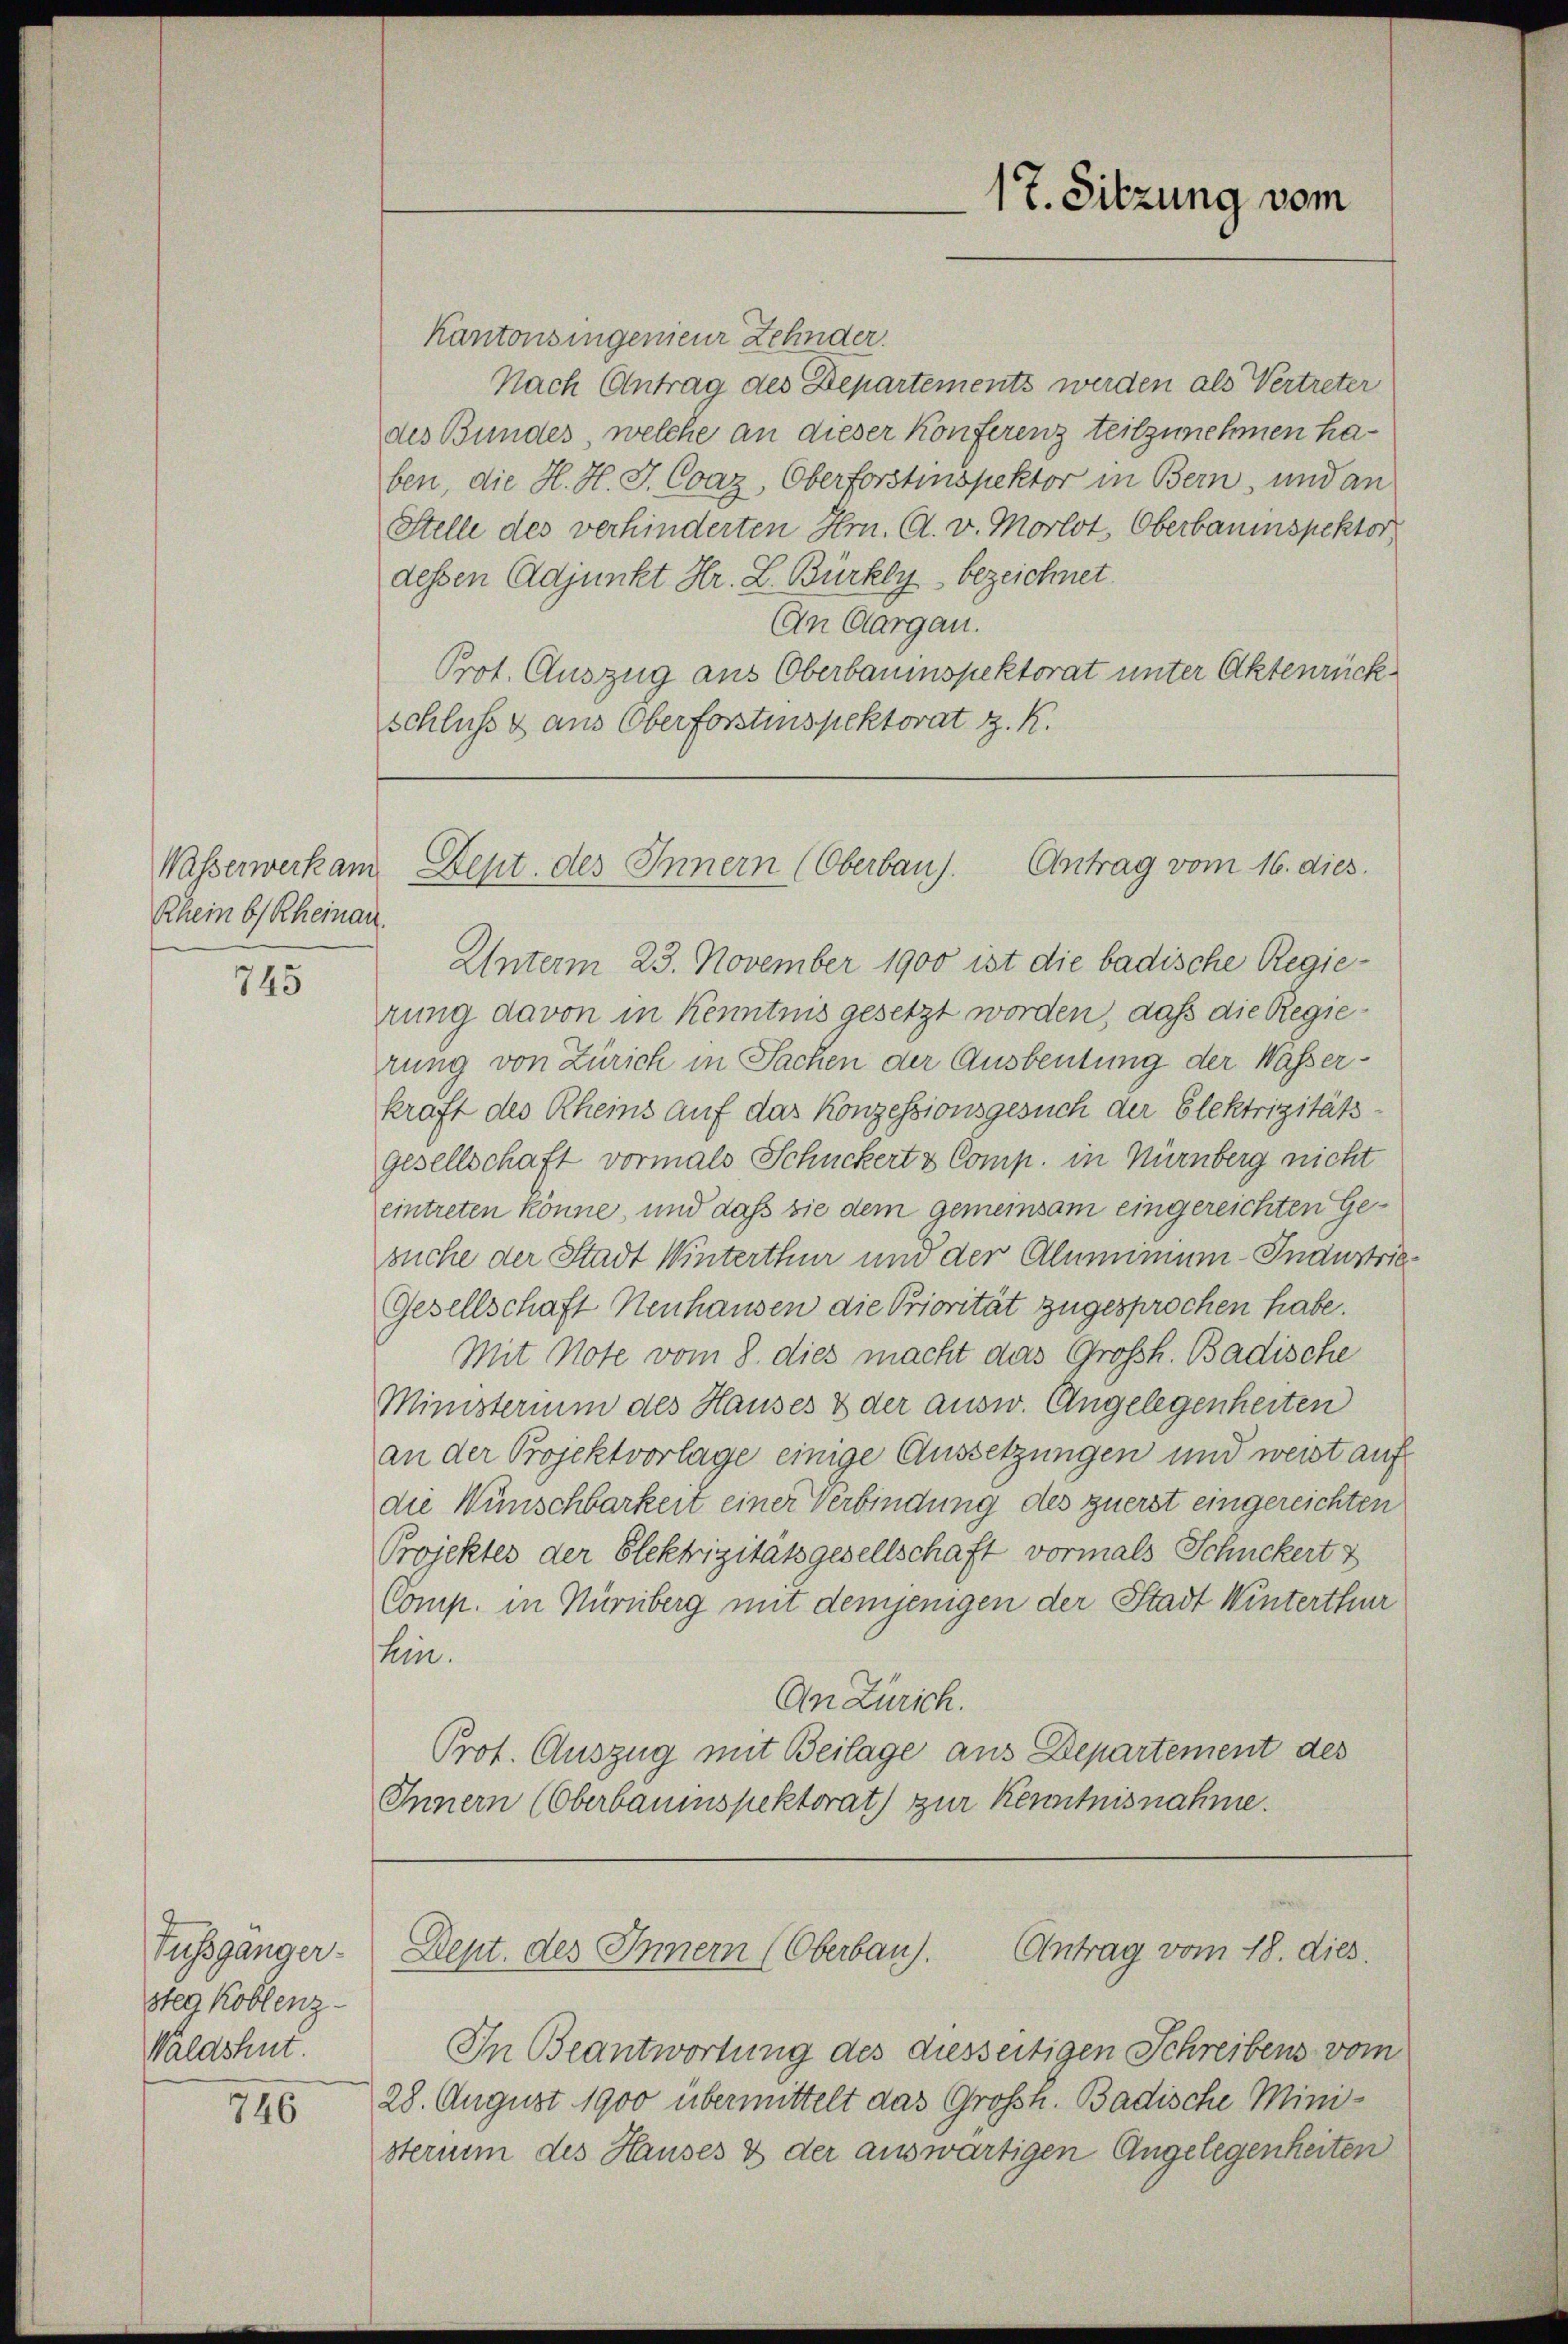
Rhein b) Rheinau.

745

Fussgänger-
steg Koblenz
Waldshut.

746

17. Sitzung vom

Kantonsingenieur Zehnder.
Nach Antrag des Departements werden als Vertreter
des Bundes, welche an dieser Konferenz teilzunehmen haben, die H. H. J. Coaz, Oberforstinspektor in Bern, und an
Stelle des verhinderten Hr. A. v. Morlot, Oberbauinspektor
dessen Adjunkt Hr. L. Bürkly bezeichnet.
An Aargau.
Prot. Auszug aus Oberbaumspektorat unter Aktenrückschluß & aus Oberforstinspektorat z. R.

Unterm 23. November 1900 ist die badische Regierung davon in Kenntnis gesetzt worden, daß die Regierung von Zürich in Sachen der Ausbeutung der Wasserkraft des Rheins auf das Konzessionsgesuch der Elektrizitätsgesellschaft vormals Schuckert & Comp. in Nürnberg nicht
eintreten könne, und daß sie dem gemeinsam eingereichten Gesuche der Stadt Winterthur und der Aluminium - Inanstrie
Gesellschaft Neuhausen die Priorität zugesprochen habe.
Mit Note vom 8. dies macht das Großh. Badische
Ministerium des Hauses & der ausw. Angelegenheiten
an der Projektvorlage einige Aussetzungen und weist auf
die Wünschbarkeit einer Verbindung des zuerst eingereichten
Projektes der Elektrizitätsgesellschaft vormals Schuckert z
Comp. in Nürnberg mit demjenigen der Stadt Winterthur
tein.
An Zürich.
Prot. Auszug mit Beilage aus Departement des
Innern (Oberbauinspektorat) zur Kenntnisnahme.
Antrag vom 18. dies
Dept. des Innern (Oberbau).
In Beantwortung des diesseitigen Schreibens vom
28. August 1900 übermittelt das Großh. Badische Ministerium des Hauses & der auswärtigen Angelegenheiten

Wasserwerk am Sept. des Innern (Oberbaus. Antrag vom 16. dies